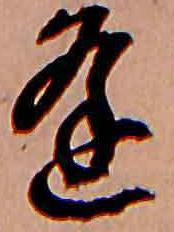
逢